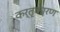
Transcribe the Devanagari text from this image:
कर्तृकारण